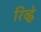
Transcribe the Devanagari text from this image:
रिव्ह्ने